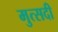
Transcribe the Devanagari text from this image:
मुत्सदी